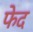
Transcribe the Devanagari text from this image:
फेद